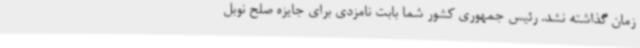
زمان گذاشته نشد. رئیس جمهوری کشور شما بابت نامزدی برای جایزه صلح نوبل